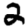
Digit: 2